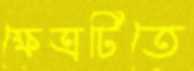
ক্ষেত্রটিতে